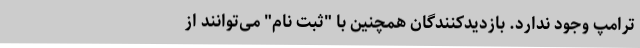
ترامپ وجود ندارد. بازدیدکنندگان همچنین با "ثبت نام" می‌توانند از